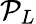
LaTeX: {\cal P}_{L}